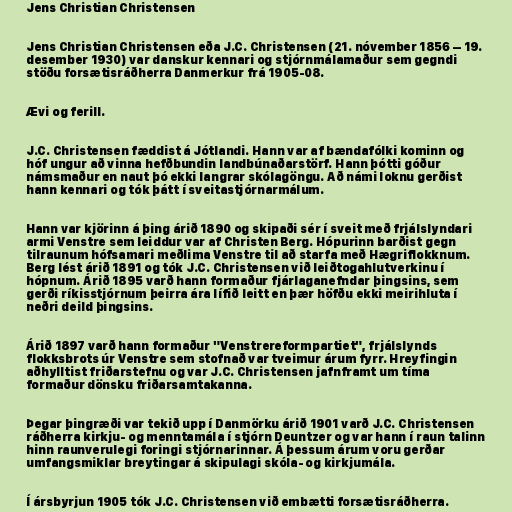
Jens Christian Christensen

Jens Christian Christensen eða J.C. Christensen (21. nóvember 1856 – 19.
desember 1930) var danskur kennari og stjórnmálamaður sem gegndi
stöðu forsætisráðherra Danmerkur frá 1905-08.

Ævi og ferill.

J.C. Christensen fæddist á Jótlandi. Hann var af bændafólki kominn og
hóf ungur að vinna hefðbundin landbúnaðarstörf. Hann þótti góður
námsmaður en naut þó ekki langrar skólagöngu. Að námi loknu gerðist
hann kennari og tók þátt í sveitastjórnarmálum.

Hann var kjörinn á þing árið 1890 og skipaði sér í sveit með frjálslyndari
armi Venstre sem leiddur var af Christen Berg. Hópurinn barðist gegn
tilraunum hófsamari meðlima Venstre til að starfa með Hægriflokknum.
Berg lést árið 1891 og tók J.C. Christensen við leiðtogahlutverkinu í
hópnum. Árið 1895 varð hann formaður fjárlaganefndar þingsins, sem
gerði ríkisstjórnum þeirra ára lífið leitt en þær höfðu ekki meirihluta í
neðri deild þingsins.

Árið 1897 varð hann formaður "Venstrereformpartiet", frjálslynds
flokksbrots úr Venstre sem stofnað var tveimur árum fyrr. Hreyfingin
aðhylltist friðarstefnu og var J.C. Christensen jafnframt um tíma
formaður dönsku friðarsamtakanna.

Þegar þingræði var tekið upp í Danmörku árið 1901 varð J.C. Christensen
ráðherra kirkju- og menntamála í stjórn Deuntzer og var hann í raun talinn
hinn raunverulegi foringi stjórnarinnar. Á þessum árum voru gerðar
umfangsmiklar breytingar á skipulagi skóla- og kirkjumála.

Í ársbyrjun 1905 tók J.C. Christensen við embætti forsætisráðherra.